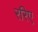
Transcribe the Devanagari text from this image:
ररिए